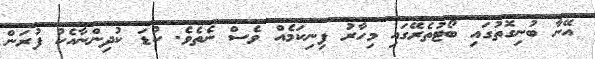
އޭނާ ބުނިގޮތުގައި ބޯޓުތެރޭގައި މިހާރު ފިނިކަމެއް ވެސް ނެތެވެ. ކުޑަ ކުދިންނާއެކު ފުރަން